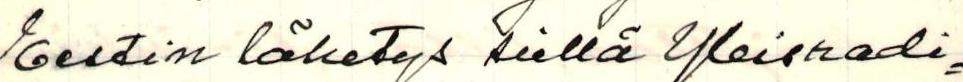
Eestin lähetys siellä Yleisradi=